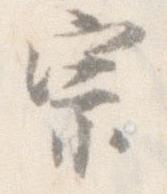
宗